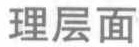
理层面